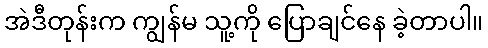
အဲဒီတုန်းက ကျွန်မ သူ့ကို ပြောချင်နေ ခဲ့တာပါ။